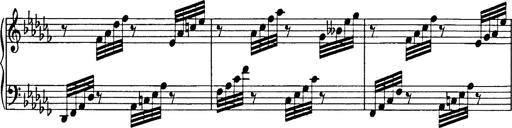
Title: 8 Variations
Composer: Franz Liszt
Key: A-flat major